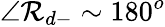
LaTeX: \angle\mathcal{R}_{d-}\sim180^{o}